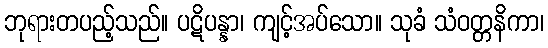
ဘုရားတပည့်သည်။ ပဋိပန္နာ၊ ကျင့်အပ်သော။ သုခံ သံဝတ္တနိကာ၊